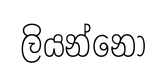
ලියන්නෝ